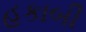
હકાબી